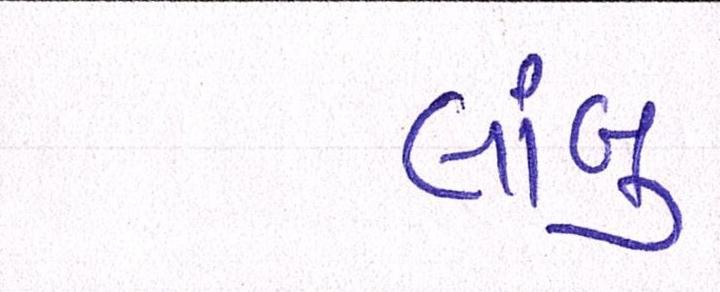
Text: લાંબુ